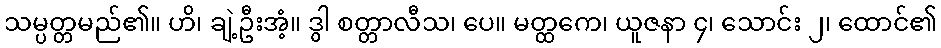
သမ္ပတ္တမည်၏။ ဟိ၊ ချဲ့ဦးအံ့။ ဒွါ စတ္တာလီသ၊ ပေ။ မတ္ထကေ၊ ယူဇနာ ၄၊ သောင်း ၂၊ ထောင်၏